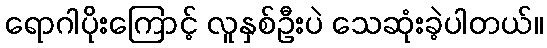
ရောဂါပိုးကြောင့် လူနှစ်ဦးပဲ သေဆုံးခဲ့ပါတယ်။